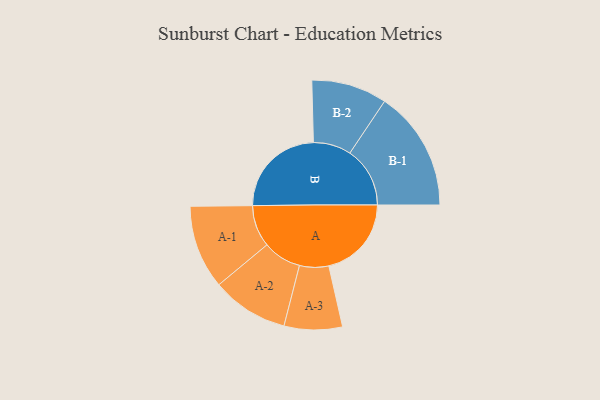
{"axis": {"x": "Segment", "y": "Value"}, "legend": ["", "A", "B"], "data": [{"x": "A", "y": 389, "type": ""}, {"x": "B", "y": 449, "type": ""}, {"x": "A-1", "y": 197, "type": "A"}, {"x": "A-2", "y": 181, "type": "A"}, {"x": "A-3", "y": 137, "type": "A"}, {"x": "B-1", "y": 283, "type": "B"}, {"x": "B-2", "y": 178, "type": "B"}]}